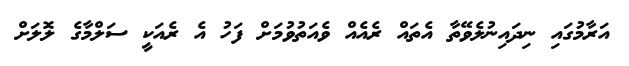
އަރާމުގައި ނިދައިނުލެވޭތާ އެތައް ރެއެއް ވެއަތުވުމަށް ފަހު އެ ރެއަކީ ސަލްމާގެ ލޮލަށް